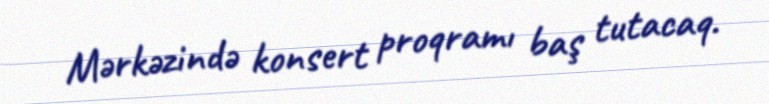
Mərkəzində konsert proqramı baş tutacaq.